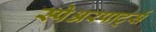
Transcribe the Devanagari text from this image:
स्पेअरपार्ट्स